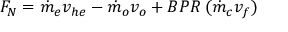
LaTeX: F _ { N } = { \dot { m } } _ { e } v _ { h e } - { \dot { m } } _ { o } v _ { o } + B P R \, ( { \dot { m } } _ { c } v _ { f } )